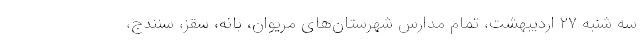
سه شنبه ۲۷ اردیبهشت، تمام مدارس شهرستان‌های مریوان، بانه، سقز، سنندج،